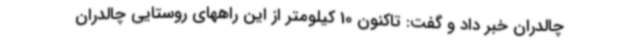
چالدران خبر داد و گفت: تاکنون 10 کیلومتر از این راههای روستایی چالدران